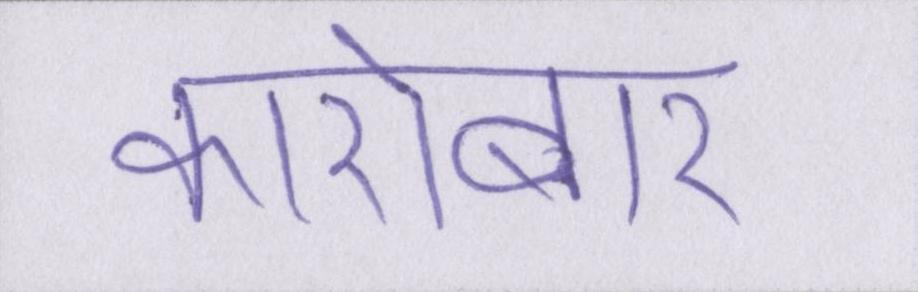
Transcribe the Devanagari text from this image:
कारोबार